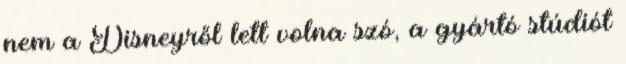
nem a Disneyről lett volna szó, a gyártó stúdiót